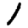
Digit: 1